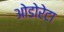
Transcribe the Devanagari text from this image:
ओडोरेटा